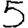
Digit: 5